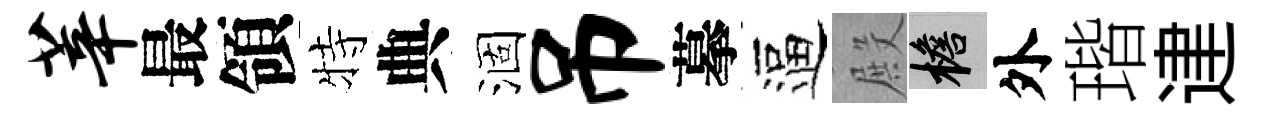
莘最領特典涸吊摹逼殿檐外瑎䢖